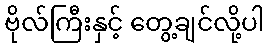
ဗိုလ်ကြီးနှင့် တွေ့ချင်လို့ပါ